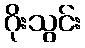
ဂိုးသွင်း